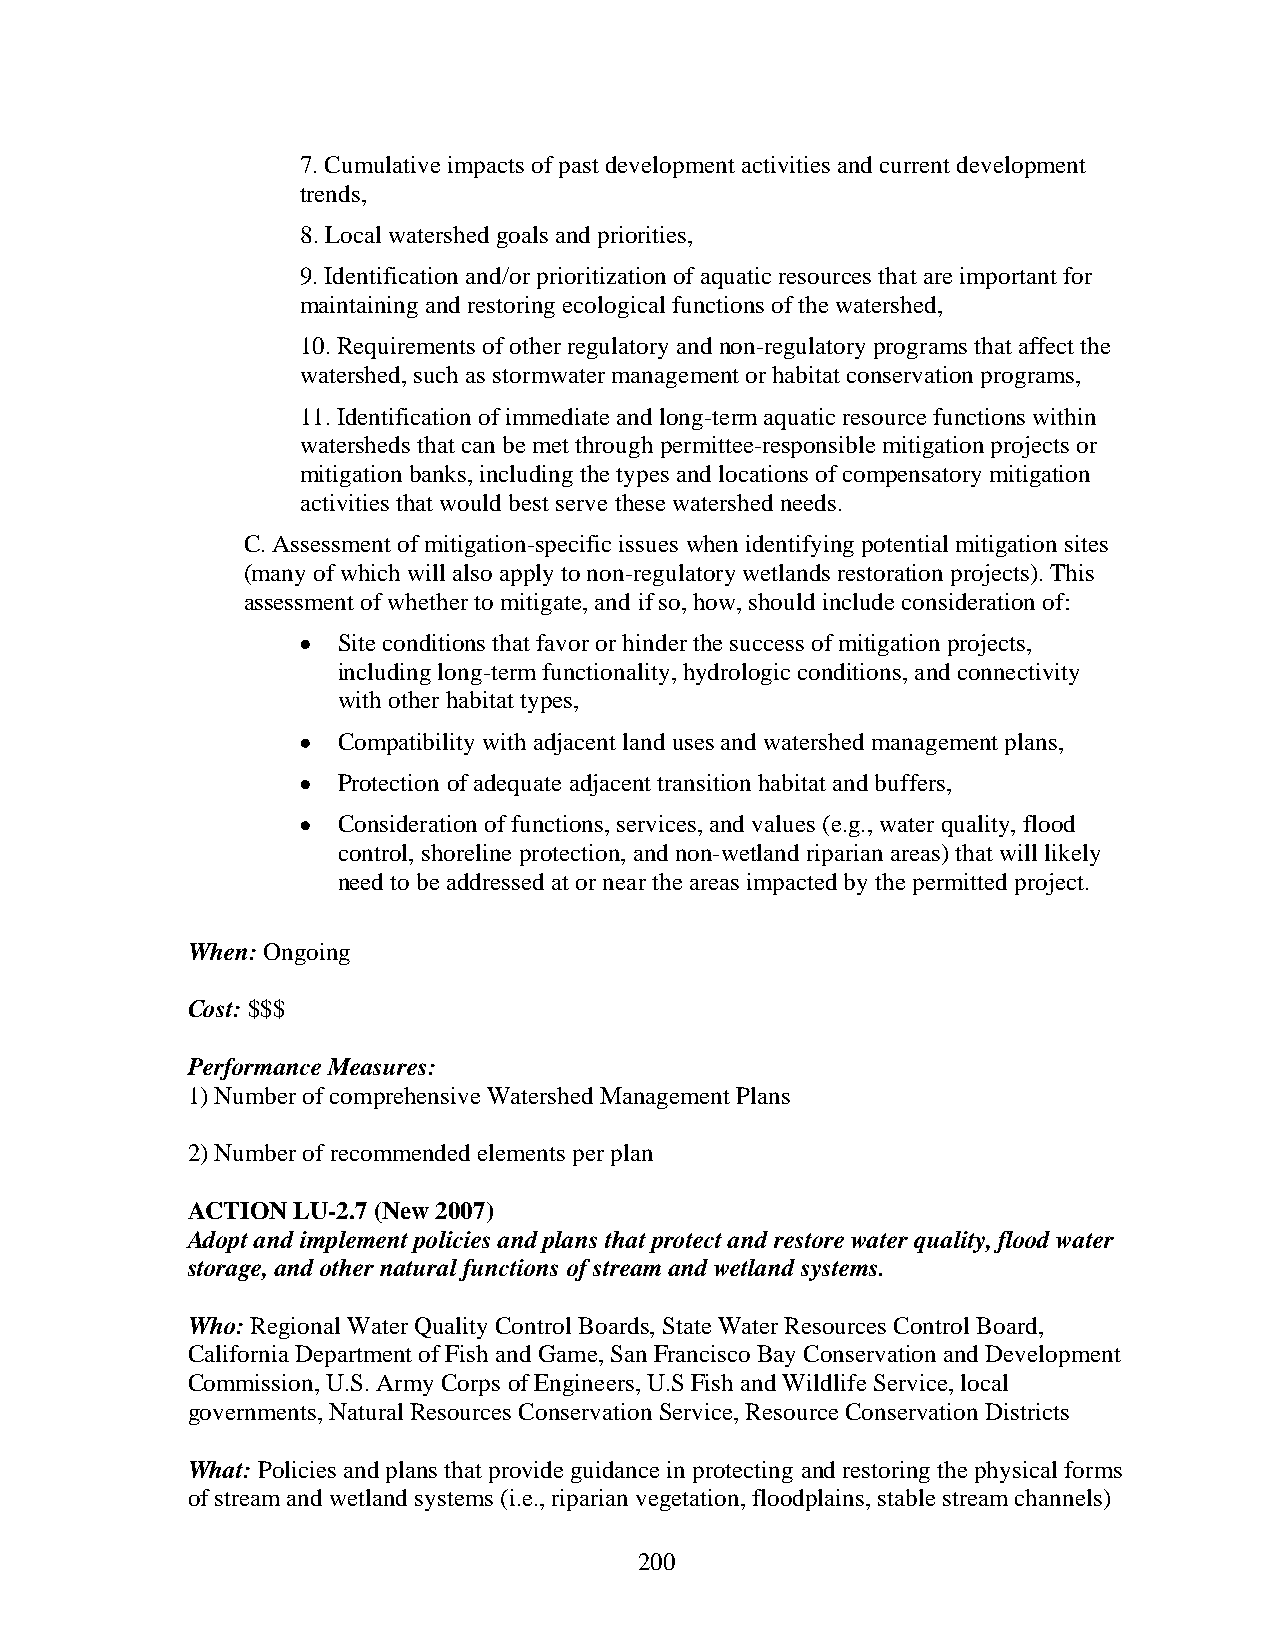
7. Cumulative impacts of past development activities and current development
 trends,
 8. Local watershed goals and priorities,
 9. Identification and/or prioritization of aquatic resources that are important for
 maintaining and restoring ecological functions of the watershed,
 10. Requirements of other regulatory and non-regulatory programs that affect the
 watershed, such as stormwater management or habitat conservation programs,
 11. Identification of immediate and long-term aquatic resource functions within
 watersheds that can be met through permittee-responsible mitigation projects or
 mitigation banks, including the types and locations of compensatory mitigation
 activities that would best serve these watershed needs.
 C. Assessment of mitigation-specific issues when identifying potential mitigation sites
 (many of which will also apply to non-regulatory wetlands restoration projects). This
 assessment of whether to mitigate, and if so, how, should include consideration of:
 • Site conditions that favor or hinder the success of mitigation projects,
 including long-term functionality, hydrologic conditions, and connectivity
 with other habitat types,
 • Compatibility with adjacent land uses and watershed management plans,
 • Protection of adequate adjacent transition habitat and buffers,
 • Consideration of functions, services, and values (e.g., water quality, flood
 control, shoreline protection, and non-wetland riparian areas) that will likely
 need to be addressed at or near the areas impacted by the permitted project.
 When: Ongoing
 Cost: $$$
 Performance Measures:
 1) Number of comprehensive Watershed Management Plans
 2) Number of recommended elements per plan
 ACTION LU-2.7 (New 2007)
 Adopt and implement policies and plans that protect and restore water quality, flood water
 storage, and other natural functions of stream and wetland systems.
 Who: Regional Water Quality Control Boards, State Water Resources Control Board,
 California Department of Fish and Game, San Francisco Bay Conservation and Development
 Commission, U.S. Army Corps of Engineers, U.S Fish and Wildlife Service, local
 governments, Natural Resources Conservation Service, Resource Conservation Districts
 What: Policies and plans that provide guidance in protecting and restoring the physical forms
 of stream and wetland systems (i.e., riparian vegetation, floodplains, stable stream channels)
 200